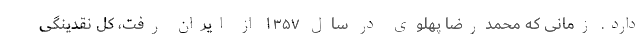
دارد. زمانی که محمدرضا پهلوی در سال ۱۳۵۷ از ایران رفت، کل نقدینگی